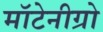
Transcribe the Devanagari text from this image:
मॉटेनीग्रो